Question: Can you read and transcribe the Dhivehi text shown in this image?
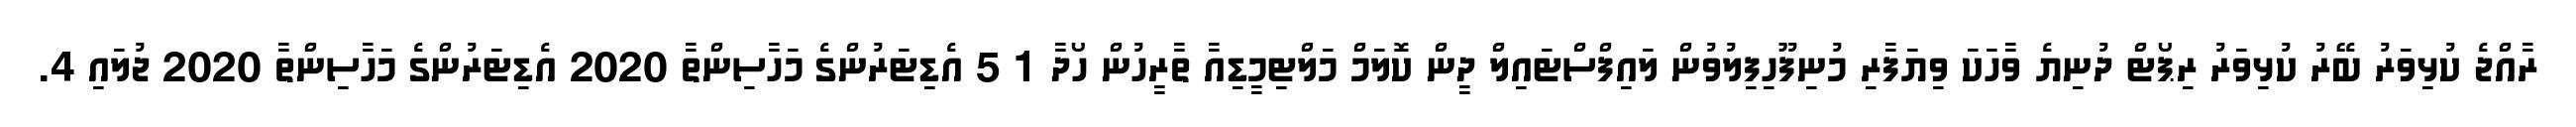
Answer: ރާއްޖެ ކުޅިވަރު ބޭރު ކުޅިވަރު ރިޕޯޓް ދުނިޔެ ވާހަކަ ވިޔަފާރި މުނިފޫހިފިލުވުން ލައިފްސްޓައިލް ދީން ކޮލަމް މަލްޓިމީޑިއާ ތާރީހުން ހޯދާ 1 5 އެޑިޓަރުންގެ މަހާސިންތާ 2020 އެޑިޓަރުންގެ މަހާސިންތާ 2020 ޖުލައި 4.